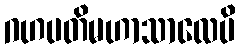
ဂဟပတိမဟာသာလေပိ